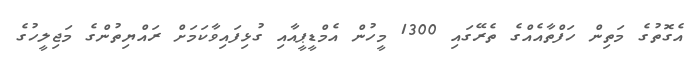
އެގޮތުގެ މަތިން ހަފްތާއެއްގެ ތެރޭގައި 1300 މީހުން އެމްޑީޕީއާއި ގުޅިފައިވާކަމަށް ރައްޔިތުންގެ މަޖިލީހުގެ